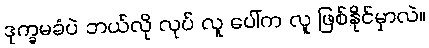
ဒုက္ခမခံပဲ ဘယ်လို လုပ် လူ ပေါ်က လူ ဖြစ်နိုင်မှာလဲ။